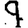
Digit: 9